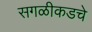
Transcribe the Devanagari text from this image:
सगळीकडचे